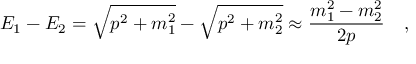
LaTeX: E _ { 1 } - E _ { 2 } = \sqrt { p ^ { 2 } + m _ { 1 } ^ { 2 } } - \sqrt { p ^ { 2 } + m _ { 2 } ^ { 2 } } \approx \frac { m _ { 1 } ^ { 2 } - m _ { 2 } ^ { 2 } } { 2 p } \quad ,